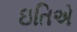
ઇતિએ